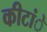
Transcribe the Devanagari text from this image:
कीटांे